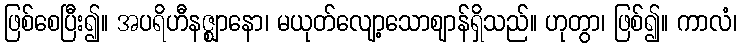
ဖြစ်စေပြီး၍။ အပရိဟီနဇ္ဈာနော၊ မယုတ်လျော့သောဈာန်ရှိသည်။ ဟုတွာ၊ ဖြစ်၍။ ကာလံ၊